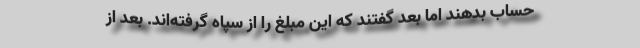
حساب بدهند اما بعد گفتند که این مبلغ را از سپاه گرفته‌اند. بعد از